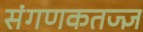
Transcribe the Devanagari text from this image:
संगणकतज्‍ज्ञ